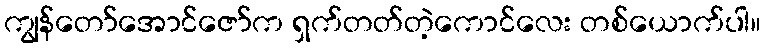
ကျွန်တော်အောင်ဇော်က ရှက်တတ်တဲ့ကောင်လေး တစ်ယောက်ပါ။